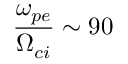
\frac { \omega _ { p e } } { \Omega _ { c i } } \sim 9 0